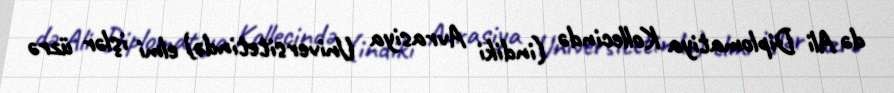
də Ali Diplomatiya Kollecində (indiki Avrasiya Universitetində) elmi işlər üzrə